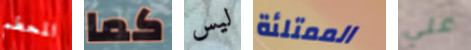
المحطم كما ليس الممتلئة علي